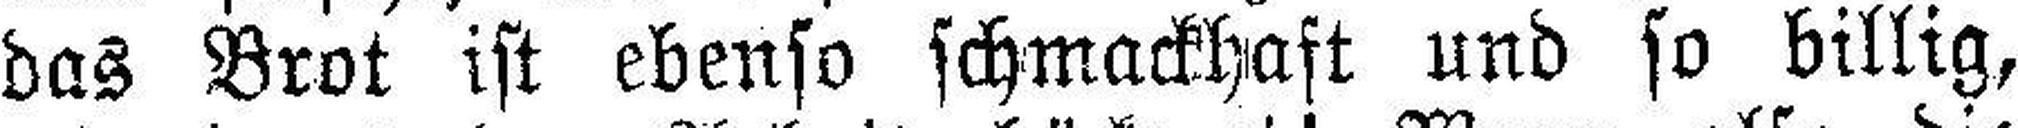
das Brot ist ebenso schmackhaft und so billig,